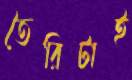
তৈরিটাই